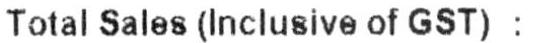
TOTAL SALAS (INCLUSIVE OF GST) :